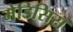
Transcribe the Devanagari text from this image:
मेडिसिस